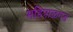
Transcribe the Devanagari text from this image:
महिपाळगड